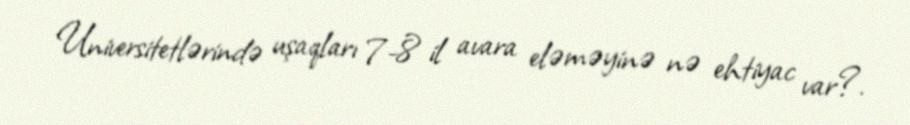
Universitetlərində uşaqları 7-8 il avara eləməyinə nə ehtiyac var?.